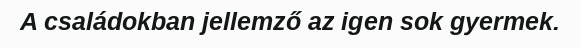
A családokban jellemző az igen sok gyermek.